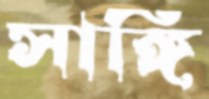
সাঙ্গি